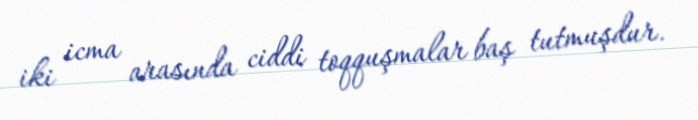
iki icma arasında ciddi toqquşmalar baş tutmuşdur.